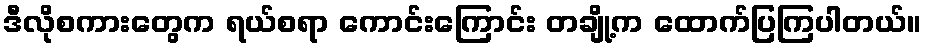
ဒီလိုစကားတွေက ရယ်စရာ ကောင်းကြောင်း တချို့က ထောက်ပြကြပါတယ်။